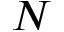
N